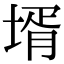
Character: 壻